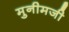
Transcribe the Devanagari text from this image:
मुनीमजी